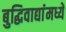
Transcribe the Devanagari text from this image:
बुद्धिवाद्यांंमध्ये